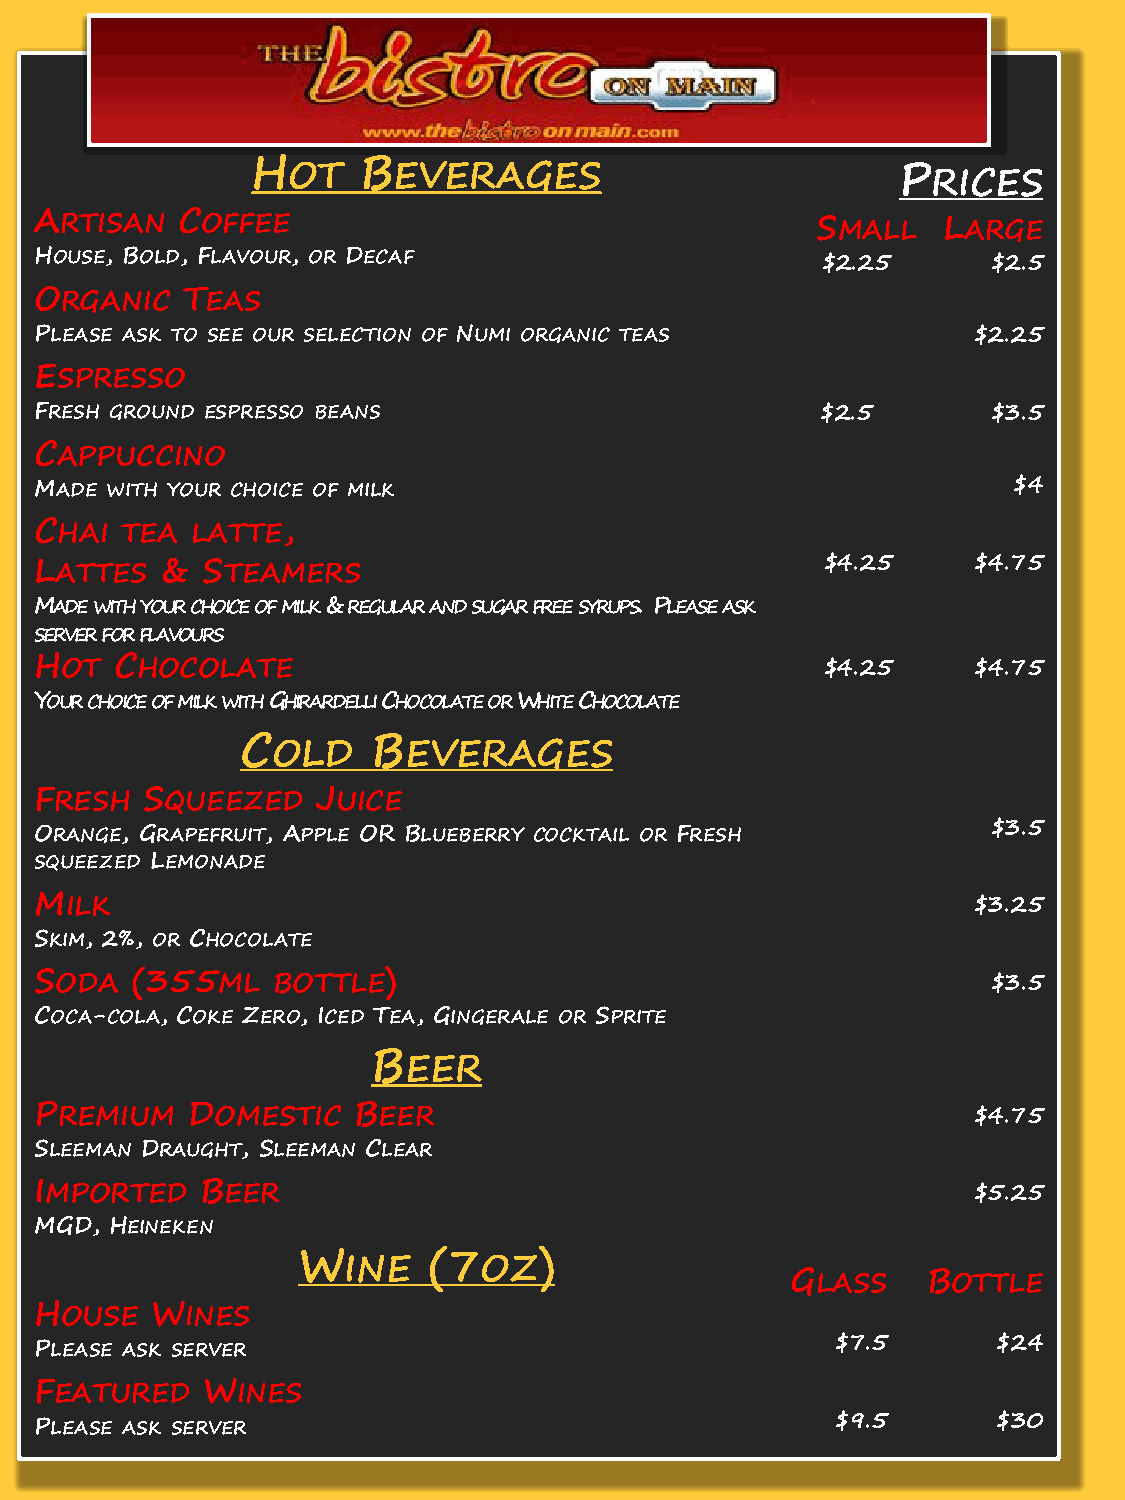
HOT    BEVERAGES
 PRICES
 ARTISAN   COFFEE
 SMALL   LARGE
 HOUSE, BOLD, FLAVOUR, OR DECAF                       $2.25      $2.5
 ORGANIC   TEAS
 PLEASE ASK TO SEE OUR SELECTION OF NUMI ORGANIC TEAS           $2.25
 ESPRESSO
 FRESH GROUND ESPRESSO BEANS                         $2.5        $3.5
 CAPPUCCINO
 MADE WITH YOUR CHOICE OF MILK                                    $4
 CHAI  TEA  LATTE,
 LATTES   & STEAMERS                                  $4.25     $4.75
 MADE WITH YOUR CHOICE OF MILK & REGULAR AND SUGAR FREE SYRUPS. PLEASE ASK
 SERVER FOR FLAVOURS
 HOT   CHOCOLATE                                      $4.25     $4.75
 YOUR CHOICE OF MILK WITH GHIRARDELLI CHOCOLATE OR WHITE CHOCOLATE
 COLD     BEVERAGES
 FRESH  SQUEEZED    JUICE
 ORANGE, GRAPEFRUIT, APPLE OR BLUEBERRY COCKTAIL OR FRESH        $3.5
 SQUEEZED LEMONADE
 MILK                                                           $3.25
 SKIM, 2%, OR CHOCOLATE
 SODA   (355ML   BOTTLE)                                         $3.5
 COCA-COLA, COKE ZERO, ICED TEA, GINGERALE OR SPRITE
 BEER
 PREMIUM   DOMESTIC   BEER                                      $4.75
 SLEEMAN DRAUGHT, SLEEMAN CLEAR
 IMPORTED   BEER                                                $5.25
 MGD, HEINEKEN
 WINE    (7OZ)
 GLASS    BOTTLE
 HOUSE   WINES
 PLEASE ASK SERVER                                    $7.5       $24
 FEATURED   WINES
 PLEASE ASK SERVER                                    $9.5       $30